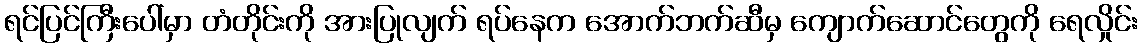
ရင်ပြင်ကြီးပေါ်မှာ တံတိုင်းကို အားပြုလျက် ရပ်နေက အောက်ဘက်ဆီမှ ကျောက်ဆောင်တွေကို ရေလှိုင်း